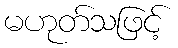
မဟုတ်သဖြင့်